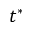
t ^ { * }